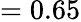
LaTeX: =0.65